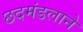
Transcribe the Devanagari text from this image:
छदमंडलाने